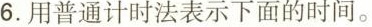
6.用普通计时法表示下面的时间。